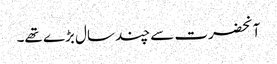
آنحضرت سے چند سال بڑے تھے۔